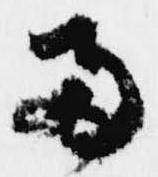
両